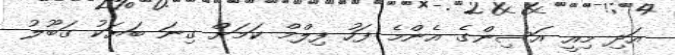
އަދި މިއީ އަސިންގެ އެންމެ ފަހު ފިލްމް ކަމަށް ގިނަ ބަޔަކު ގަބޫލު